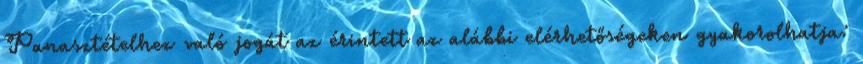
Panasztételhez való jogát az érintett az alábbi elérhetőségeken gyakorolhatja: